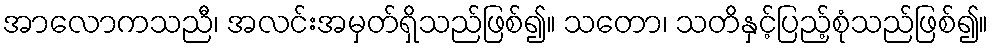
အာလောကသညီ၊ အလင်းအမှတ်ရှိသည်ဖြစ်၍။ သတော၊ သတိနှင့်ပြည့်စုံသည်ဖြစ်၍။